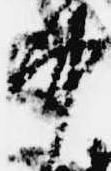
中